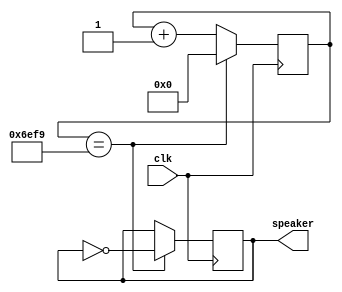
// returns a signal oscillating at the frequency of the middle parameter of "clkdivider"
module note(clk, speaker);
input clk;
output reg speaker;
parameter clkdivider = 25000000/440/2;

reg [23:0] counter;
initial begin 
  counter = 0;
  speaker = 0;
end
always @(posedge clk) begin
  if (counter == clkdivider) begin
    speaker <= !speaker;
    counter <= 0;
  end
  else begin
    counter <= counter+1;
  end
end
endmodule

// Outputs 8 tones that should be summed and played from a single speaker
// Piano Mode: (no button is pressed)
// *Each switch turns on a tone in an octave
// *Multiple switches play chords
// *Changing clock jumper will change octave
// Song Mode: (button 0-3)
// *0: octave sweep
// *1: Random piano banging
// *2: Happy Birthday!
// *3: (FPGA)Piano Man
module piano(clk, sw, btn, n1, n2, n3, n4, n5, n6, n7, n8);
input clk;
input[7:0] sw;
input[3:0] btn;
output reg n1, n2, n3, n4, n5, n6, n7, n8;
//Initialize data and counters for Song Mode
reg[3:0] currentNote;
reg[3:0] octaveNotes[7:0];
reg[3:0] octaveCounter;
reg[3:0] twinkleNotes[42:0];
reg[7:0] twinkleCounter;
reg[3:0] happyNotes[111:0];
reg[7:0] happyCounter;
reg[3:0] pianoManNotes[182:0];
reg[7:0] pianoManCounter;
reg octavePosition;

initial begin
  currentNote = 0;
  pianoManCounter = 0;
  octavePosition = 0;
  octaveCounter = 0;
  twinkleCounter = 0;
  happyCounter = 0;

  //Octave Notes
  octaveNotes[0] = 4'd1;
  octaveNotes[1] = 4'd2;
  octaveNotes[2] = 4'd3;
  octaveNotes[3] = 4'd4;
  octaveNotes[4] = 4'd5;
  octaveNotes[5] = 4'd6;
  octaveNotes[6] = 4'd7;
  octaveNotes[7] = 4'd8;

  //"Random Noise"
  twinkleNotes[0] = 4'd1;
  twinkleNotes[1] = 4'd1;
  twinkleNotes[2] = 4'd4;
  twinkleNotes[3] = 4'd4;
  twinkleNotes[4] = 4'd5;
  twinkleNotes[5] = 4'd5;
  twinkleNotes[6] = 4'd4; //Held
  twinkleNotes[7] = 4'd4;
  twinkleNotes[8] = 4'd4;
  twinkleNotes[9] = 4'd3;
  twinkleNotes[10] = 4'd3;
  twinkleNotes[11] = 4'd2;
  twinkleNotes[12] = 4'd2;
  twinkleNotes[13] = 4'd1; //Held
  twinkleNotes[14] = 4'd5;
  twinkleNotes[15] = 4'd5;
  twinkleNotes[16] = 4'd4;
  twinkleNotes[17] = 4'd4;
  twinkleNotes[18] = 4'd3;
  twinkleNotes[19] = 4'd3;
  twinkleNotes[20] = 4'd2; //Held
  twinkleNotes[21] = 4'd1;
  twinkleNotes[22] = 4'd5;
  twinkleNotes[23] = 4'd5;
  twinkleNotes[24] = 4'd4;
  twinkleNotes[25] = 4'd4;
  twinkleNotes[26] = 4'd3;
  twinkleNotes[27] = 4'd3;
  twinkleNotes[28] = 4'd2; //Held
  twinkleNotes[29] = 4'd1;
  twinkleNotes[30] = 4'd1;
  twinkleNotes[31] = 4'd4;
  twinkleNotes[32] = 4'd4;
  twinkleNotes[33] = 4'd5;
  twinkleNotes[34] = 4'd5;
  twinkleNotes[35] = 4'd4; //Held
  twinkleNotes[36] = 4'd4;
  twinkleNotes[37] = 4'd4;
  twinkleNotes[38] = 4'd3;
  twinkleNotes[39] = 4'd3;
  twinkleNotes[40] = 4'd2;
  twinkleNotes[41] = 4'd2;
  twinkleNotes[42] = 4'd1; //Held

  //Happy Birthday
  happyNotes[0] = 4'd1;
  happyNotes[1] = 4'd1;
  happyNotes[2] = 4'd1;
  happyNotes[3] = 4'd0;
  happyNotes[4] = 4'd1;
  happyNotes[5] = 4'd1;
  happyNotes[6] = 4'd1;
  happyNotes[7] = 4'd1;
  happyNotes[8] = 4'd2;
  happyNotes[9] = 4'd2;
  happyNotes[10] = 4'd2;
  happyNotes[11] = 4'd2;
  happyNotes[12] = 4'd1;
  happyNotes[13] = 4'd1;
  happyNotes[14] = 4'd1;
  happyNotes[15] = 4'd1;
  happyNotes[16] = 4'd4;
  happyNotes[17] = 4'd4;
  happyNotes[18] = 4'd4;
  happyNotes[19] = 4'd4;
  happyNotes[20] = 4'd3;
  happyNotes[21] = 4'd3;
  happyNotes[22] = 4'd3;
  happyNotes[23] = 4'd3;
  happyNotes[24] = 4'd3;
  happyNotes[25] = 4'd3;
  happyNotes[26] = 4'd3;
  happyNotes[27] = 4'd3;
  happyNotes[28] = 4'd1;
  happyNotes[29] = 4'd1;
  happyNotes[30] = 4'd1;
  happyNotes[31] = 4'd0;
  happyNotes[32] = 4'd1;
  happyNotes[33] = 4'd1;
  happyNotes[34] = 4'd1;
  happyNotes[35] = 4'd1;
  happyNotes[36] = 4'd2;
  happyNotes[37] = 4'd2;
  happyNotes[38] = 4'd2;
  happyNotes[39] = 4'd2;
  happyNotes[40] = 4'd1;
  happyNotes[41] = 4'd1;
  happyNotes[42] = 4'd1;
  happyNotes[43] = 4'd1;
  happyNotes[44] = 4'd5;
  happyNotes[45] = 4'd5;
  happyNotes[46] = 4'd5;
  happyNotes[47] = 4'd5;
  happyNotes[48] = 4'd4;
  happyNotes[49] = 4'd4;
  happyNotes[50] = 4'd4;
  happyNotes[51] = 4'd4;
  happyNotes[52] = 4'd4;
  happyNotes[53] = 4'd4;
  happyNotes[54] = 4'd4;
  happyNotes[55] = 4'd4;
  happyNotes[56] = 4'd1;
  happyNotes[57] = 4'd1;
  happyNotes[58] = 4'd1;
  happyNotes[59] = 4'd0;
  happyNotes[60] = 4'd1;
  happyNotes[61] = 4'd1;
  happyNotes[62] = 4'd1;
  happyNotes[63] = 4'd1;
  happyNotes[64] = 4'd8;
  happyNotes[65] = 4'd8;
  happyNotes[66] = 4'd8;
  happyNotes[67] = 4'd8;
  happyNotes[68] = 4'd6;
  happyNotes[69] = 4'd6;
  happyNotes[70] = 4'd6;
  happyNotes[71] = 4'd6;
  happyNotes[72] = 4'd4;
  happyNotes[73] = 4'd4;
  happyNotes[74] = 4'd4;
  happyNotes[75] = 4'd4;
  happyNotes[76] = 4'd3;
  happyNotes[77] = 4'd3;
  happyNotes[78] = 4'd3;
  happyNotes[79] = 4'd3;
  happyNotes[80] = 4'd2;
  happyNotes[81] = 4'd2;
  happyNotes[82] = 4'd2;
  happyNotes[83] = 4'd2;
  happyNotes[84] = 4'd9;
  happyNotes[85] = 4'd9;
  happyNotes[86] = 4'd9;
  happyNotes[87] = 4'd0;
  happyNotes[88] = 4'd9;
  happyNotes[89] = 4'd9;
  happyNotes[90] = 4'd9;
  happyNotes[91] = 4'd9;
  happyNotes[92] = 4'd6;
  happyNotes[93] = 4'd6;
  happyNotes[94] = 4'd6;
  happyNotes[95] = 4'd6;
  happyNotes[96] = 4'd4;
  happyNotes[97] = 4'd4;
  happyNotes[98] = 4'd4;
  happyNotes[99] = 4'd4;
  happyNotes[100] = 4'd5;
  happyNotes[101] = 4'd5;
  happyNotes[102] = 4'd5;
  happyNotes[103] = 4'd5;
  happyNotes[104] = 4'd4;
  happyNotes[105] = 4'd4;
  happyNotes[106] = 4'd4;
  happyNotes[107] = 4'd4;
  happyNotes[108] = 4'd4;
  happyNotes[109] = 4'd4;
  happyNotes[110] = 4'd4;
  happyNotes[111] = 4'd4;

  //Piano Man
  pianoManNotes[0] = 4'd4;
  pianoManNotes[1] = 4'd4;
  pianoManNotes[2] = 4'd4;
  pianoManNotes[3] = 4'd4;
  pianoManNotes[4] = 4'd5;
  pianoManNotes[5] = 4'd5;
  pianoManNotes[6] = 4'd5;
  pianoManNotes[7] = 4'd5;
  pianoManNotes[8] = 4'd5;
  pianoManNotes[9] = 4'd5;
  pianoManNotes[10] = 4'd5;
  pianoManNotes[11] = 4'd0;
  pianoManNotes[12] = 4'd5;
  pianoManNotes[13] = 4'd5;
  pianoManNotes[14] = 4'd5;
  pianoManNotes[15] = 4'd0;
  pianoManNotes[16] = 4'd5;
  pianoManNotes[17] = 4'd5;
  pianoManNotes[18] = 4'd5;
  pianoManNotes[19] = 4'd5;
  pianoManNotes[20] = 4'd4;
  pianoManNotes[21] = 4'd4;
  pianoManNotes[22] = 4'd4;
  pianoManNotes[23] = 4'd4;
  pianoManNotes[24] = 4'd3;
  pianoManNotes[25] = 4'd3;
  pianoManNotes[26] = 4'd3;
  pianoManNotes[27] = 4'd3;
  pianoManNotes[28] = 4'd4;
  pianoManNotes[29] = 4'd4;
  pianoManNotes[30] = 4'd4;
  pianoManNotes[31] = 4'd4;
  pianoManNotes[32] = 4'd3;
  pianoManNotes[33] = 4'd3;
  pianoManNotes[34] = 4'd3;
  pianoManNotes[35] = 4'd3;
  pianoManNotes[36] = 4'd1;
  pianoManNotes[37] = 4'd1;
  pianoManNotes[38] = 4'd1;
  pianoManNotes[39] = 4'd1;
  pianoManNotes[40] = 4'd1;
  pianoManNotes[41] = 4'd1;
  pianoManNotes[42] = 4'd1;
  pianoManNotes[43] = 4'd1;
  pianoManNotes[44] = 4'd0;
  pianoManNotes[45] = 4'd0;
  pianoManNotes[46] = 4'd0;
  pianoManNotes[47] = 4'd0;
  pianoManNotes[48] = 4'd0;
  pianoManNotes[49] = 4'd0;
  pianoManNotes[50] = 4'd0;
  pianoManNotes[51] = 4'd0;
  pianoManNotes[52] = 4'd1;
  pianoManNotes[53] = 4'd1;
  pianoManNotes[54] = 4'd1;
  pianoManNotes[55] = 4'd0;
  pianoManNotes[56] = 4'd1;
  pianoManNotes[57] = 4'd1;
  pianoManNotes[58] = 4'd1;
  pianoManNotes[59] = 4'd0;
  pianoManNotes[60] = 4'd1;
  pianoManNotes[61] = 4'd1;
  pianoManNotes[62] = 4'd1;
  pianoManNotes[63] = 4'd0;
  pianoManNotes[64] = 4'd1;
  pianoManNotes[65] = 4'd1;
  pianoManNotes[66] = 4'd1;
  pianoManNotes[67] = 4'd0;
  pianoManNotes[68] = 4'd1;
  pianoManNotes[69] = 4'd1;
  pianoManNotes[70] = 4'd1;
  pianoManNotes[71] = 4'd1;
  pianoManNotes[72] = 4'd2;
  pianoManNotes[73] = 4'd2;
  pianoManNotes[74] = 4'd2;
  pianoManNotes[75] = 4'd0;
  pianoManNotes[76] = 4'd2;
  pianoManNotes[77] = 4'd2;
  pianoManNotes[78] = 4'd2;
  pianoManNotes[79] = 4'd0;
  pianoManNotes[80] = 4'd2;
  pianoManNotes[81] = 4'd2;
  pianoManNotes[82] = 4'd2;
  pianoManNotes[83] = 4'd2;
  pianoManNotes[84] = 4'd2;
  pianoManNotes[85] = 4'd2;
  pianoManNotes[86] = 4'd2;
  pianoManNotes[87] = 4'd2;
  pianoManNotes[88] = 4'd0;
  pianoManNotes[89] = 4'd0;
  pianoManNotes[90] = 4'd0;
  pianoManNotes[91] = 4'd0;
  pianoManNotes[92] = 4'd0;
  pianoManNotes[93] = 4'd0;
  pianoManNotes[94] = 4'd0;
  pianoManNotes[95] = 4'd0;
  pianoManNotes[96] = 4'd5;
  pianoManNotes[97] = 4'd5;
  pianoManNotes[98] = 4'd5;
  pianoManNotes[99] = 4'd0;
  pianoManNotes[100] = 4'd5;
  pianoManNotes[101] = 4'd5;
  pianoManNotes[102] = 4'd5;
  pianoManNotes[103] = 4'd0;
  pianoManNotes[104] = 4'd5;
  pianoManNotes[105] = 4'd5;
  pianoManNotes[106] = 4'd5;
  pianoManNotes[107] = 4'd0;
  pianoManNotes[108] = 4'd5;
  pianoManNotes[109] = 4'd5;
  pianoManNotes[110] = 4'd5;
  pianoManNotes[111] = 4'd5;
  pianoManNotes[112] = 4'd5;
  pianoManNotes[113] = 4'd5;
  pianoManNotes[114] = 4'd5;
  pianoManNotes[115] = 4'd5;
  pianoManNotes[116] = 4'd4;
  pianoManNotes[117] = 4'd4;
  pianoManNotes[118] = 4'd4;
  pianoManNotes[119] = 4'd4;
  pianoManNotes[120] = 4'd3;
  pianoManNotes[121] = 4'd3;
  pianoManNotes[122] = 4'd3;
  pianoManNotes[123] = 4'd3;
  pianoManNotes[124] = 4'd4;
  pianoManNotes[125] = 4'd4;
  pianoManNotes[126] = 4'd4;
  pianoManNotes[127] = 4'd4;
  pianoManNotes[128] = 4'd3;
  pianoManNotes[129] = 4'd3;
  pianoManNotes[130] = 4'd3;
  pianoManNotes[131] = 4'd3;
  pianoManNotes[132] = 4'd1;
  pianoManNotes[133] = 4'd1;
  pianoManNotes[134] = 4'd1;
  pianoManNotes[135] = 4'd1;
  pianoManNotes[136] = 4'd0;
  pianoManNotes[137] = 4'd0;
  pianoManNotes[138] = 4'd0;
  pianoManNotes[139] = 4'd0;
  pianoManNotes[140] = 4'd0;
  pianoManNotes[141] = 4'd0;
  pianoManNotes[142] = 4'd0;
  pianoManNotes[143] = 4'd0;
  pianoManNotes[144] = 4'd10;
  pianoManNotes[145] = 4'd10;
  pianoManNotes[146] = 4'd10;
  pianoManNotes[147] = 4'd0;
  pianoManNotes[148] = 4'd10;
  pianoManNotes[149] = 4'd10;
  pianoManNotes[150] = 4'd10;
  pianoManNotes[151] = 4'd0;
  pianoManNotes[152] = 4'd10;
  pianoManNotes[153] = 4'd10;
  pianoManNotes[154] = 4'd10;
  pianoManNotes[155] = 4'd10;
  pianoManNotes[156] = 4'd4;
  pianoManNotes[157] = 4'd4;
  pianoManNotes[158] = 4'd4;
  pianoManNotes[159] = 4'd0;
  pianoManNotes[160] = 4'd4;
  pianoManNotes[161] = 4'd4;
  pianoManNotes[162] = 4'd4;
  pianoManNotes[163] = 4'd0;
  pianoManNotes[164] = 4'd4;
  pianoManNotes[165] = 4'd4;
  pianoManNotes[166] = 4'd4;
  pianoManNotes[167] = 4'd4;
  pianoManNotes[168] = 4'd3;
  pianoManNotes[169] = 4'd3;
  pianoManNotes[170] = 4'd3;
  pianoManNotes[171] = 4'd3;
  pianoManNotes[172] = 4'd1;
  pianoManNotes[173] = 4'd1;
  pianoManNotes[174] = 4'd1;
  pianoManNotes[175] = 4'd1;
  pianoManNotes[176] = 4'd1;
  pianoManNotes[177] = 4'd1;
  pianoManNotes[178] = 4'd1;
  pianoManNotes[179] = 4'd1;
  pianoManNotes[180] = 4'd1;
  pianoManNotes[181] = 4'd1;
  pianoManNotes[182] = 4'd1;
end

//Note Wires
wire note1, note2, note3, note4, note5, note6, note7, note8, note9, note10, sN, tN, fullNote, halfNote, quarterNote;
//Notes
note #(25000000/220/2) a3(clk, note10);
note #(25000000/262/2) c4(clk, note1);
note #(25000000/294/2) d(clk, note2);
note #(25000000/330/2) e(clk, note3);
note #(25000000/349/2) f(clk, note4);
note #(25000000/392/2) g(clk, note5);
note #(25000000/440/2) a(clk, note6);
note #(25000000/466/2) bFlat(clk, note9);
note #(25000000/494/2) b(clk, note7);
note #(25000000/523/2) c5(clk, note8);
note #(25000000/1/2) fN(clk, fullNote);
note #(25000000/2/2) hN(clk, halfNote);
note #(25000000/4/2) qN(clk, quarterNote);
note #(25000000/16/2) sixteenthN(clk, sN);
note #(25000000/14/2) twelfthN(clk, tN);

always @(posedge clk) begin
  if(!btn) begin //Piano Mode
    n1 <= note1 & sw[7];
    n2 <= note2 & sw[6];
    n3 <= note3 & sw[5];
    n4 <= note4 & sw[4];
    n5 <= note5 & sw[3];
    n6 <= note6 & sw[2];
    n7 <= note7 & sw[1];
    n8 <= note8 & sw[0];
  end
  else begin //Song Mode
    if (btn[0]) begin // Play octave
      if(sN & !octavePosition) begin // Increment octave counter on sN timing
        if(octaveCounter == 4'd7) begin
          octaveCounter = 0; // Reset counter if at end
        end
        else begin
          octaveCounter = octaveCounter + 1; // Increment counter otherwise
        end
        octavePosition = 1;
      end
      if(!sN & octavePosition) begin
        octavePosition = 0; // toggle position after sN timer goes back down.
      end
      currentNote = octaveNotes[octaveCounter];
    end
    if (btn[1]) begin // Play Random Noise
      if(sN & !octavePosition) begin //Increment octave counter on sN timing
        if(twinkleCounter == 8'd42) begin
          twinkleCounter = 0;
        end
        else begin
          twinkleCounter = twinkleCounter + 1;
        end
        octavePosition = 1;
      end
      if(!sN & octavePosition) begin
        octavePosition = 0;
      end
      currentNote = twinkleNotes[twinkleCounter];
    end
    if (btn[2]) begin // Play Happy Birthday
      if(sN & !octavePosition) begin //Increment octave counter on sN timing
        if(happyCounter == 8'd111) begin
          happyCounter = 0;
        end
        else begin
          happyCounter = happyCounter + 1;
        end
        octavePosition = 1;
      end
      if(!sN & octavePosition) begin
        octavePosition = 0;
      end
      currentNote = happyNotes[happyCounter];
    end
    if (btn[3]) begin
      if(tN & !octavePosition) begin //Increment octave counter on tN timing
        if(pianoManCounter == 8'd182) begin
          pianoManCounter = 0;
        end
        else begin
          pianoManCounter = pianoManCounter + 1;
        end
        octavePosition = 1;
      end
      if(!tN & octavePosition) begin
        octavePosition = 0;
      end
      currentNote = pianoManNotes[pianoManCounter];
    end
    case(currentNote) // Send specific notes through output note 1
      4'd0: begin
        n1 <= 0;
      end
      4'd1: begin
        n1 <= note1;
      end
      4'd2: begin
        n1 <= note2;
      end
      4'd3: begin
        n1 <= note3;
      end
      4'd4: begin
        n1 <= note4;
      end
      4'd5: begin
        n1 <= note5;
      end
      4'd6: begin
        n1 <= note6;
      end
      4'd7: begin
        n1 <= note7;
      end
      4'd8: begin
        n1 <= note8;
      end
      4'd9: begin
        n1 <= note9;
      end
      4'd10: begin
        n1 <= note10;
      end
    endcase
  end
end
endmodule

module testpiano; // A test module to view waveforms (frequencies should be at least 100 or so to be able to be seen.)
reg clk;
reg[7:0] sw;
reg[3:0] btn;
wire n1, n2, n3, n4, n5, n6, n7, n8;
piano p(clk, sw, btn, n1, n2, n3, n4, n5, n6, n7, n8);

initial begin
  btn[0] = 1;
  clk = 0;
end
always begin
  #00001 clk = !clk;
end
endmodule

/*
262 C4
294 D
330 E
349 F
392 G
440 A
494 B
523 //A4
*/